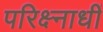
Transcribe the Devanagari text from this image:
परिक्ष्नाधीं